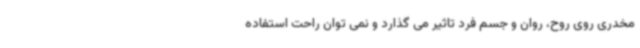
مخدری روی روح، روان و جسم فرد تاثیر می گذارد و نمی توان راحت استفاده